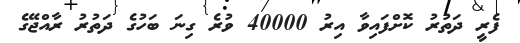
ފެރީ ދަތުރު ކޮށްފައިވާ އިރު 40000 ވުރެ ގިނަ ބަހުގެ ދަތުރު ރާއްޖޭގެ